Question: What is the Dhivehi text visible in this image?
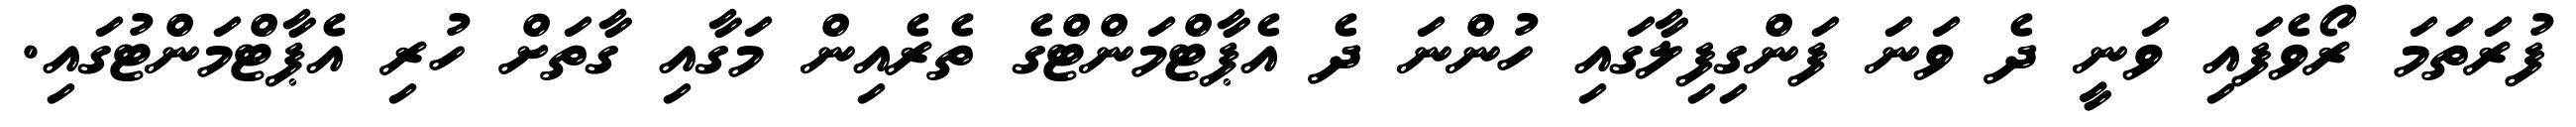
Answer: ފުރަތަމަ ރޯވެފައި ވަނީ ދެ ވަނަ ފަންގިފިލާގައި ހުންނަ ދެ އެޕާޓްމަންޓްގެ ތެރެއިން މަގާއި ގާތަށް ހުރި އެޕާޓްމަންޓުގައި.